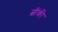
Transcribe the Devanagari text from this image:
त्वींकी